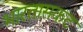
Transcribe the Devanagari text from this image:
भारतासकट